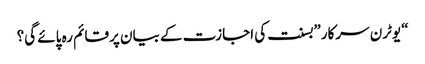
“یوٹرن سرکار”بسنت کی اجازت کے بیان پرقائم رہ پائے گی؟